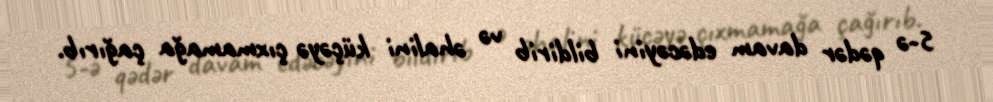
5-ə qədər davam edəcəyini bildirib və əhalini küçəyə çıxmamağa çağırıb.